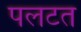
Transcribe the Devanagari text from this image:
पलटत